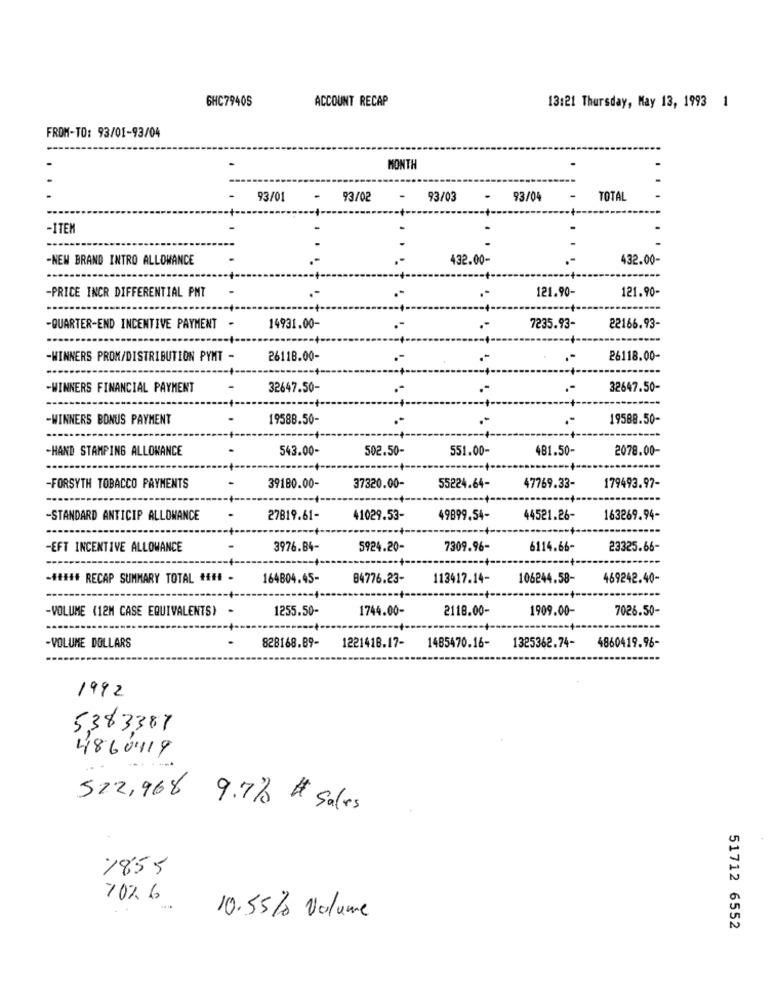
6HC79405
ACCOUNT RECAP
13:21 Thursday, May 13, 1993 1
FROM-TO: 93/01-93/04
-
-
MONTH
93/01
-
93/02
93/03
93/04
-
TOTAL
-- +-
-ITEM
-
-
-NEW BRAND INTRO ALLOWANCE
432.00-
432.00-
-PRICE INCR DIFFERENTIAL PMT
121.90-
121.90-
-QUARTER-END INCENTIVE PAYMENT -
14931.00-
7235.93-
22166.93-
-WINNERS PROM/DISTRIBUTION PYMT -
26118.00-
26118.00-
-WINNERS FINANCIAL PAYMENT
32647.50-
.-
.-
32647.50-
-WINNERS BONUS PAYMENT
19588.50-
.-
19588.50-
543.00-
502.50-
551.00-
481.50-
2078.00-
-HAND STAMPING ALLOWANCE
-FORSYTH TOBACCO PAYMENTS
39180.00-
37320.00-
55224.64-
47769.33-
179493.97-
-STANDARD ANTICIP ALLOWANCE
27819.61-
41029.53-
49899,54-
44521.26-
163269.94-
-EFT INCENTIVE ALLOWANCE
3976.84-
5924.20-
7309.96-
6114.66-
23325.66-
-##### RECAP SUMMARY TOTAL ### -
164804.45-
84776.23-
113417.14-
106244.58-
469242.40-
...
-VOLUME (12M CASE EQUIVALENTS) *
1255.50-
1744.00-
2118.00-
1909.00-
7026.50-
-VOLUME DOLLARS
828168.89-
1221418.17-
1485470.16-
1325362.74- 4860419.96-
1992
5383387
4860419
522,968 9.7% # Sales
1855
70%6
10.55% Volume
51712 6552